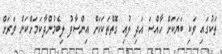
ތަކުގައި ވަކި ބަޔަކަށް ހާއްސަ އަދި ލުއި ގޮތްތަކަކަށް އިންސާފު ލިބެމުންދާކަމަށްކަން ވަރަށް